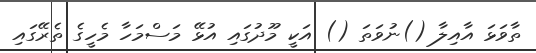
ތާވަޅަ އާއިލާ ()ނުވަތަ () އަކީ މޫދުގައި އުޅޭ މަސްމަހާ މެހީގެ ތެރޭގައި